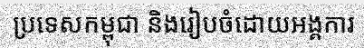
ប្រទេសកម្ពុជា និងរៀបចំដោយអង្គការ